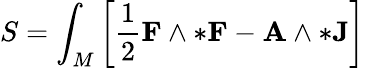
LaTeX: S=\int_{M}\left[{\frac{1}{2}}\mathbf{F}\wedge*\mathbf{F}-\mathbf{A}\wedge*\mathbf{J}\right]